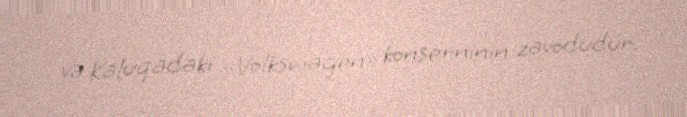
və Kaluqadakı «Volkswagen» konserninin zavodudur.